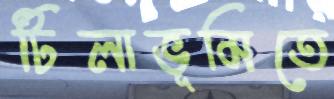
টিলাভূমিতে